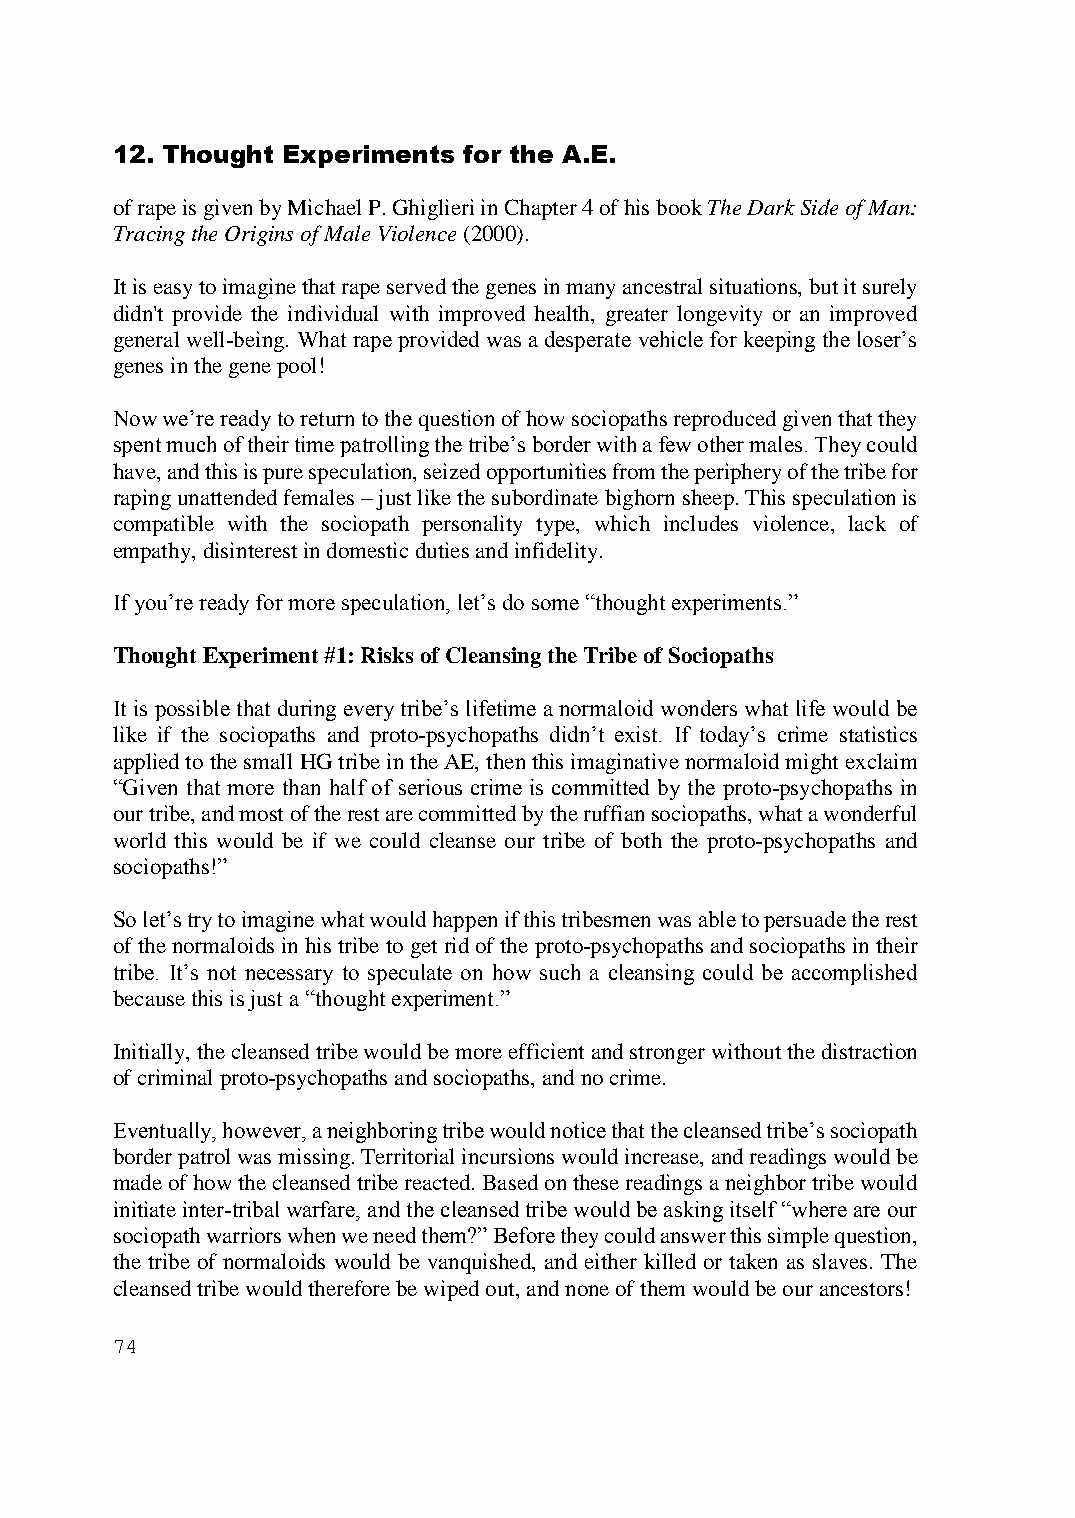
12. Thought Experiments for the A.E.
 of rape is given by Michael P. Ghiglieri in Chapter 4 of his book The Dark Side of Man:
 Tracing the Origins of Male Violence (2000).
 It is easy to imagine that rape served the genes in many ancestral situations, but it surely
 didn't provide the individual with improved health, greater longevity or an improved
 general well-being. What rape provided was a desperate vehicle for keeping the loser’s
 genes in the gene pool!
 Now we’re ready to return to the question of how sociopaths reproduced given that they
 spent much of their time patrolling the tribe’s border with a few other males. They could
 have, and this is pure speculation, seized opportunities from the periphery of the tribe for
 raping unattended females – just like the subordinate bighorn sheep. This speculation is
 compatible with the sociopath personality type, which includes violence, lack of
 empathy, disinterest in domestic duties and infidelity.
 If you’re ready for more speculation, let’s do some “thought experiments.”
 Thought Experiment #1: Risks of Cleansing the Tribe of Sociopaths
 It is possible that during every tribe’s lifetime a normaloid wonders what life would be
 like if the sociopaths and proto-psychopaths didn’t exist. If today’s crime statistics
 applied to the small HG tribe in the AE, then this imaginative normaloid might exclaim
 “Given that more than half of serious crime is committed by the proto-psychopaths in
 our tribe, and most of the rest are committed by the ruffian sociopaths, what a wonderful
 world this would be if we could cleanse our tribe of both the proto-psychopaths and
 sociopaths!”
 So let’s try to imagine what would happen if this tribesmen was able to persuade the rest
 of the normaloids in his tribe to get rid of the proto-psychopaths and sociopaths in their
 tribe. It’s not necessary to speculate on how such a cleansing could be accomplished
 because this is just a “thought experiment.”
 Initially, the cleansed tribe would be more efficient and stronger without the distraction
 of criminal proto-psychopaths and sociopaths, and no crime.
 Eventually, however, a neighboring tribe would notice that the cleansed tribe’s sociopath
 border patrol was missing. Territorial incursions would increase, and readings would be
 made of how the cleansed tribe reacted. Based on these readings a neighbor tribe would
 initiate inter-tribal warfare, and the cleansed tribe would be asking itself “where are our
 sociopath warriors when we need them?” Before they could answer this simple question,
 the tribe of normaloids would be vanquished, and either killed or taken as slaves. The
 cleansed tribe would therefore be wiped out, and none of them would be our ancestors!
 74